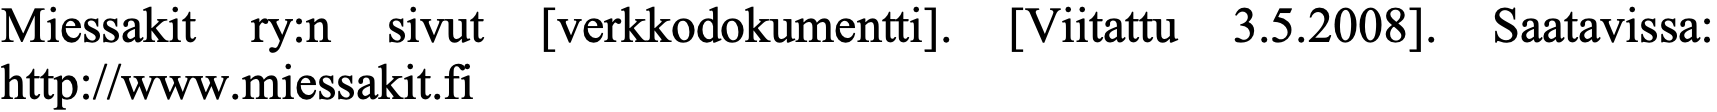
Miessakit ry:n sivut [verkkodokumentti]. [Viitattu 3.5.2008]. Saatavissa: http://www.miessakit.fi